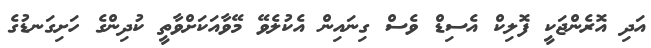
އަދި އޮރެންޖަކީ ފޮލިކް އެސިޑް ވެސް ގިނައިން އެކުލެވޭ މޭވާއަކަށްވާތީ ކުދިންގެ ހަށިގަނޑުގެ